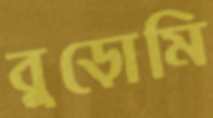
বুড়োমি